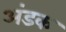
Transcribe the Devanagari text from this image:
अंडक